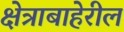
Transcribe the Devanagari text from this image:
क्षेत्राबाहेरील